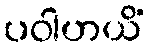
ပဝါဟယိံ